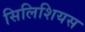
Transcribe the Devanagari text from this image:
सिलिशियस